Bréfritari: Gunnlaugur Oddsson
Dagsetning: A-1895-07-23
Skrifað á: Glasgow, Skotlandi

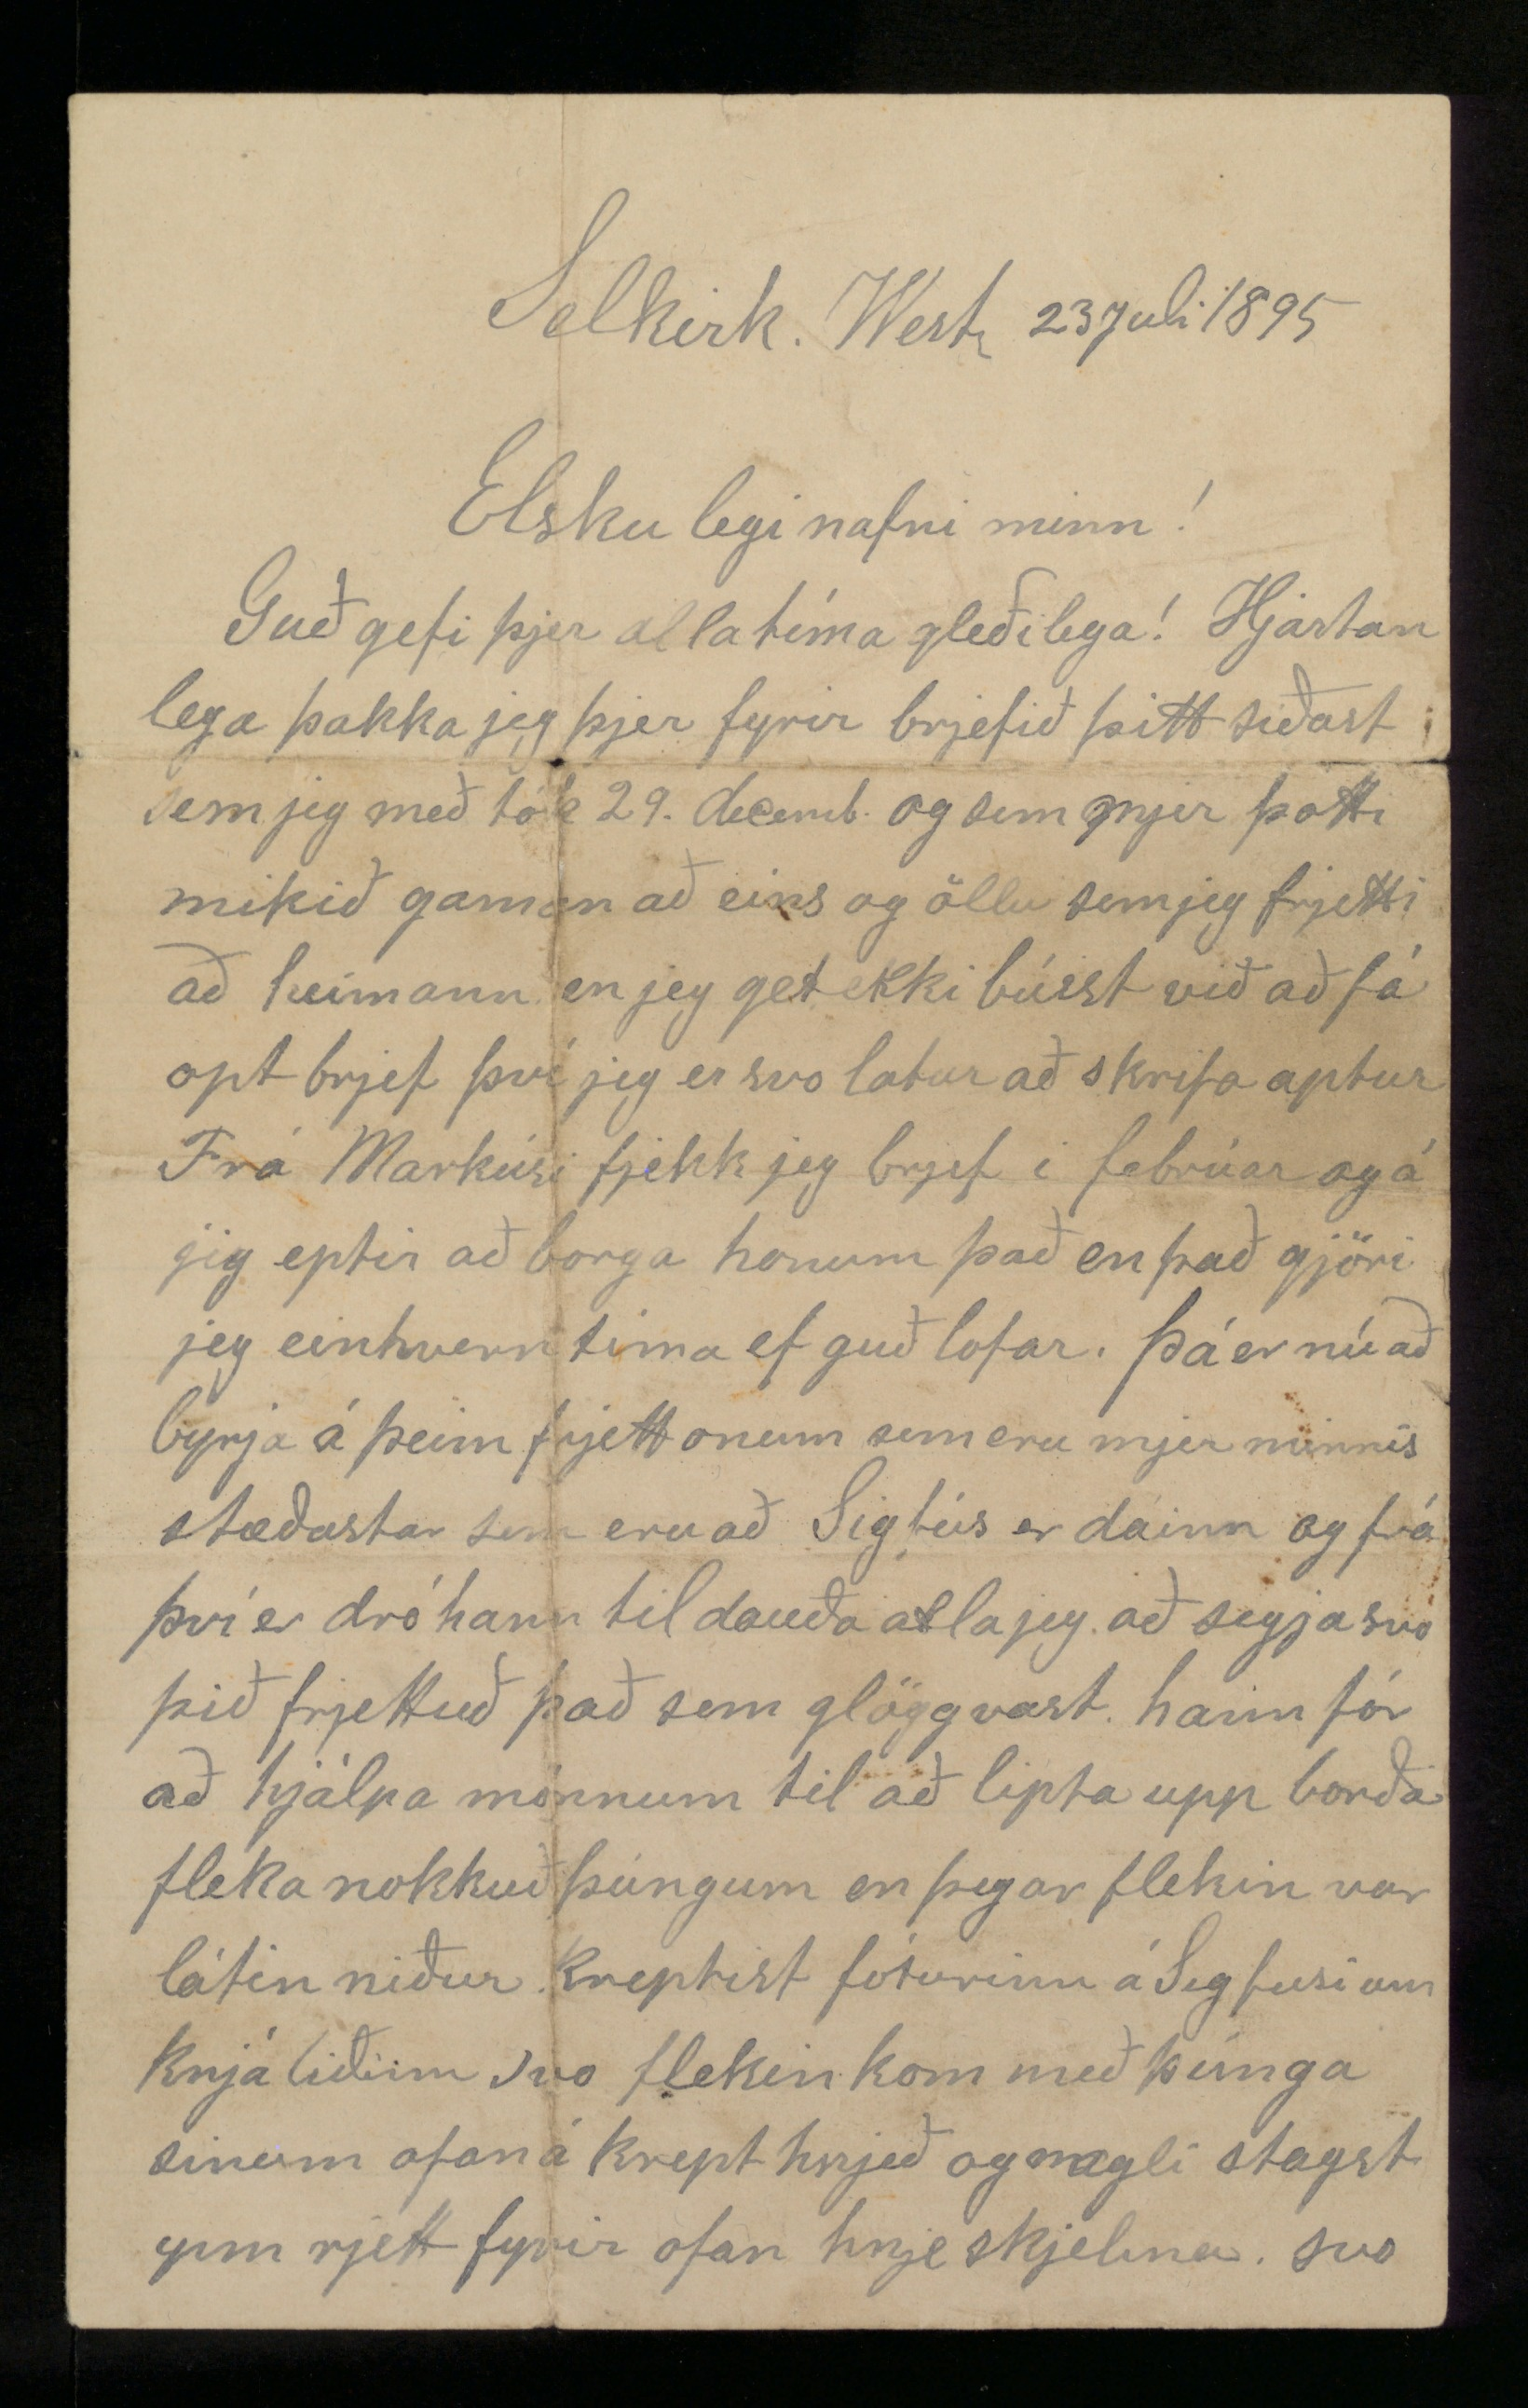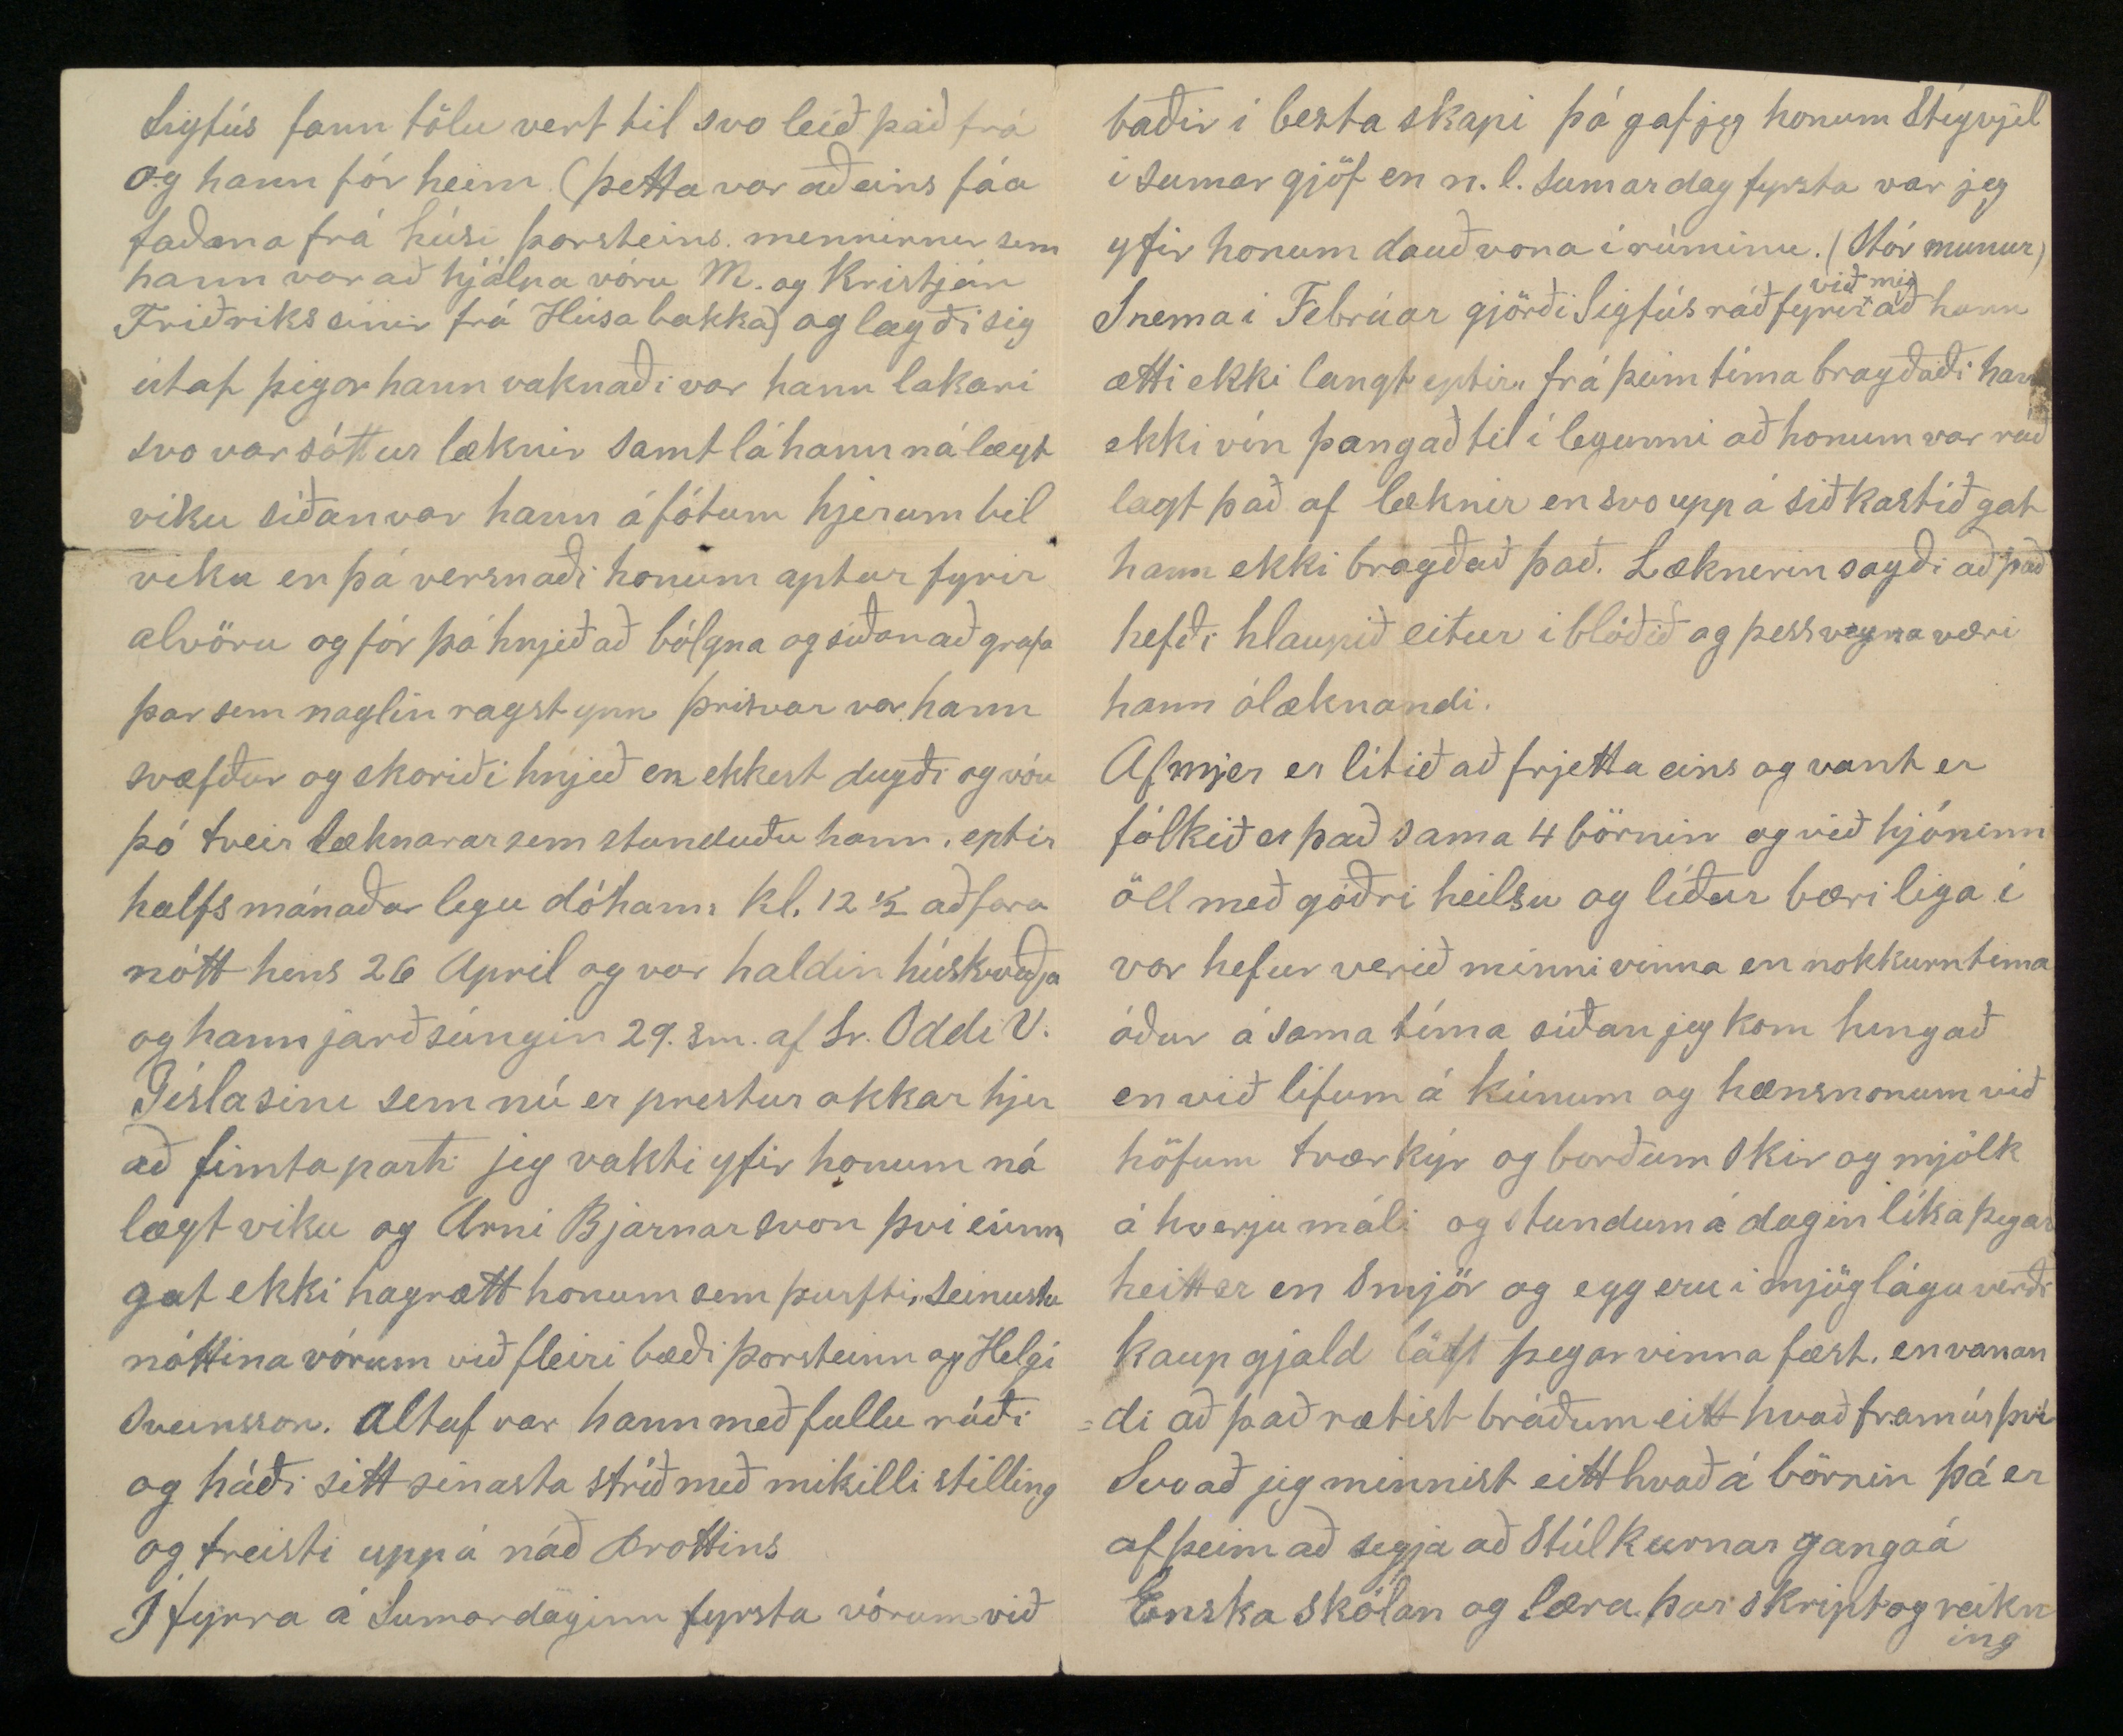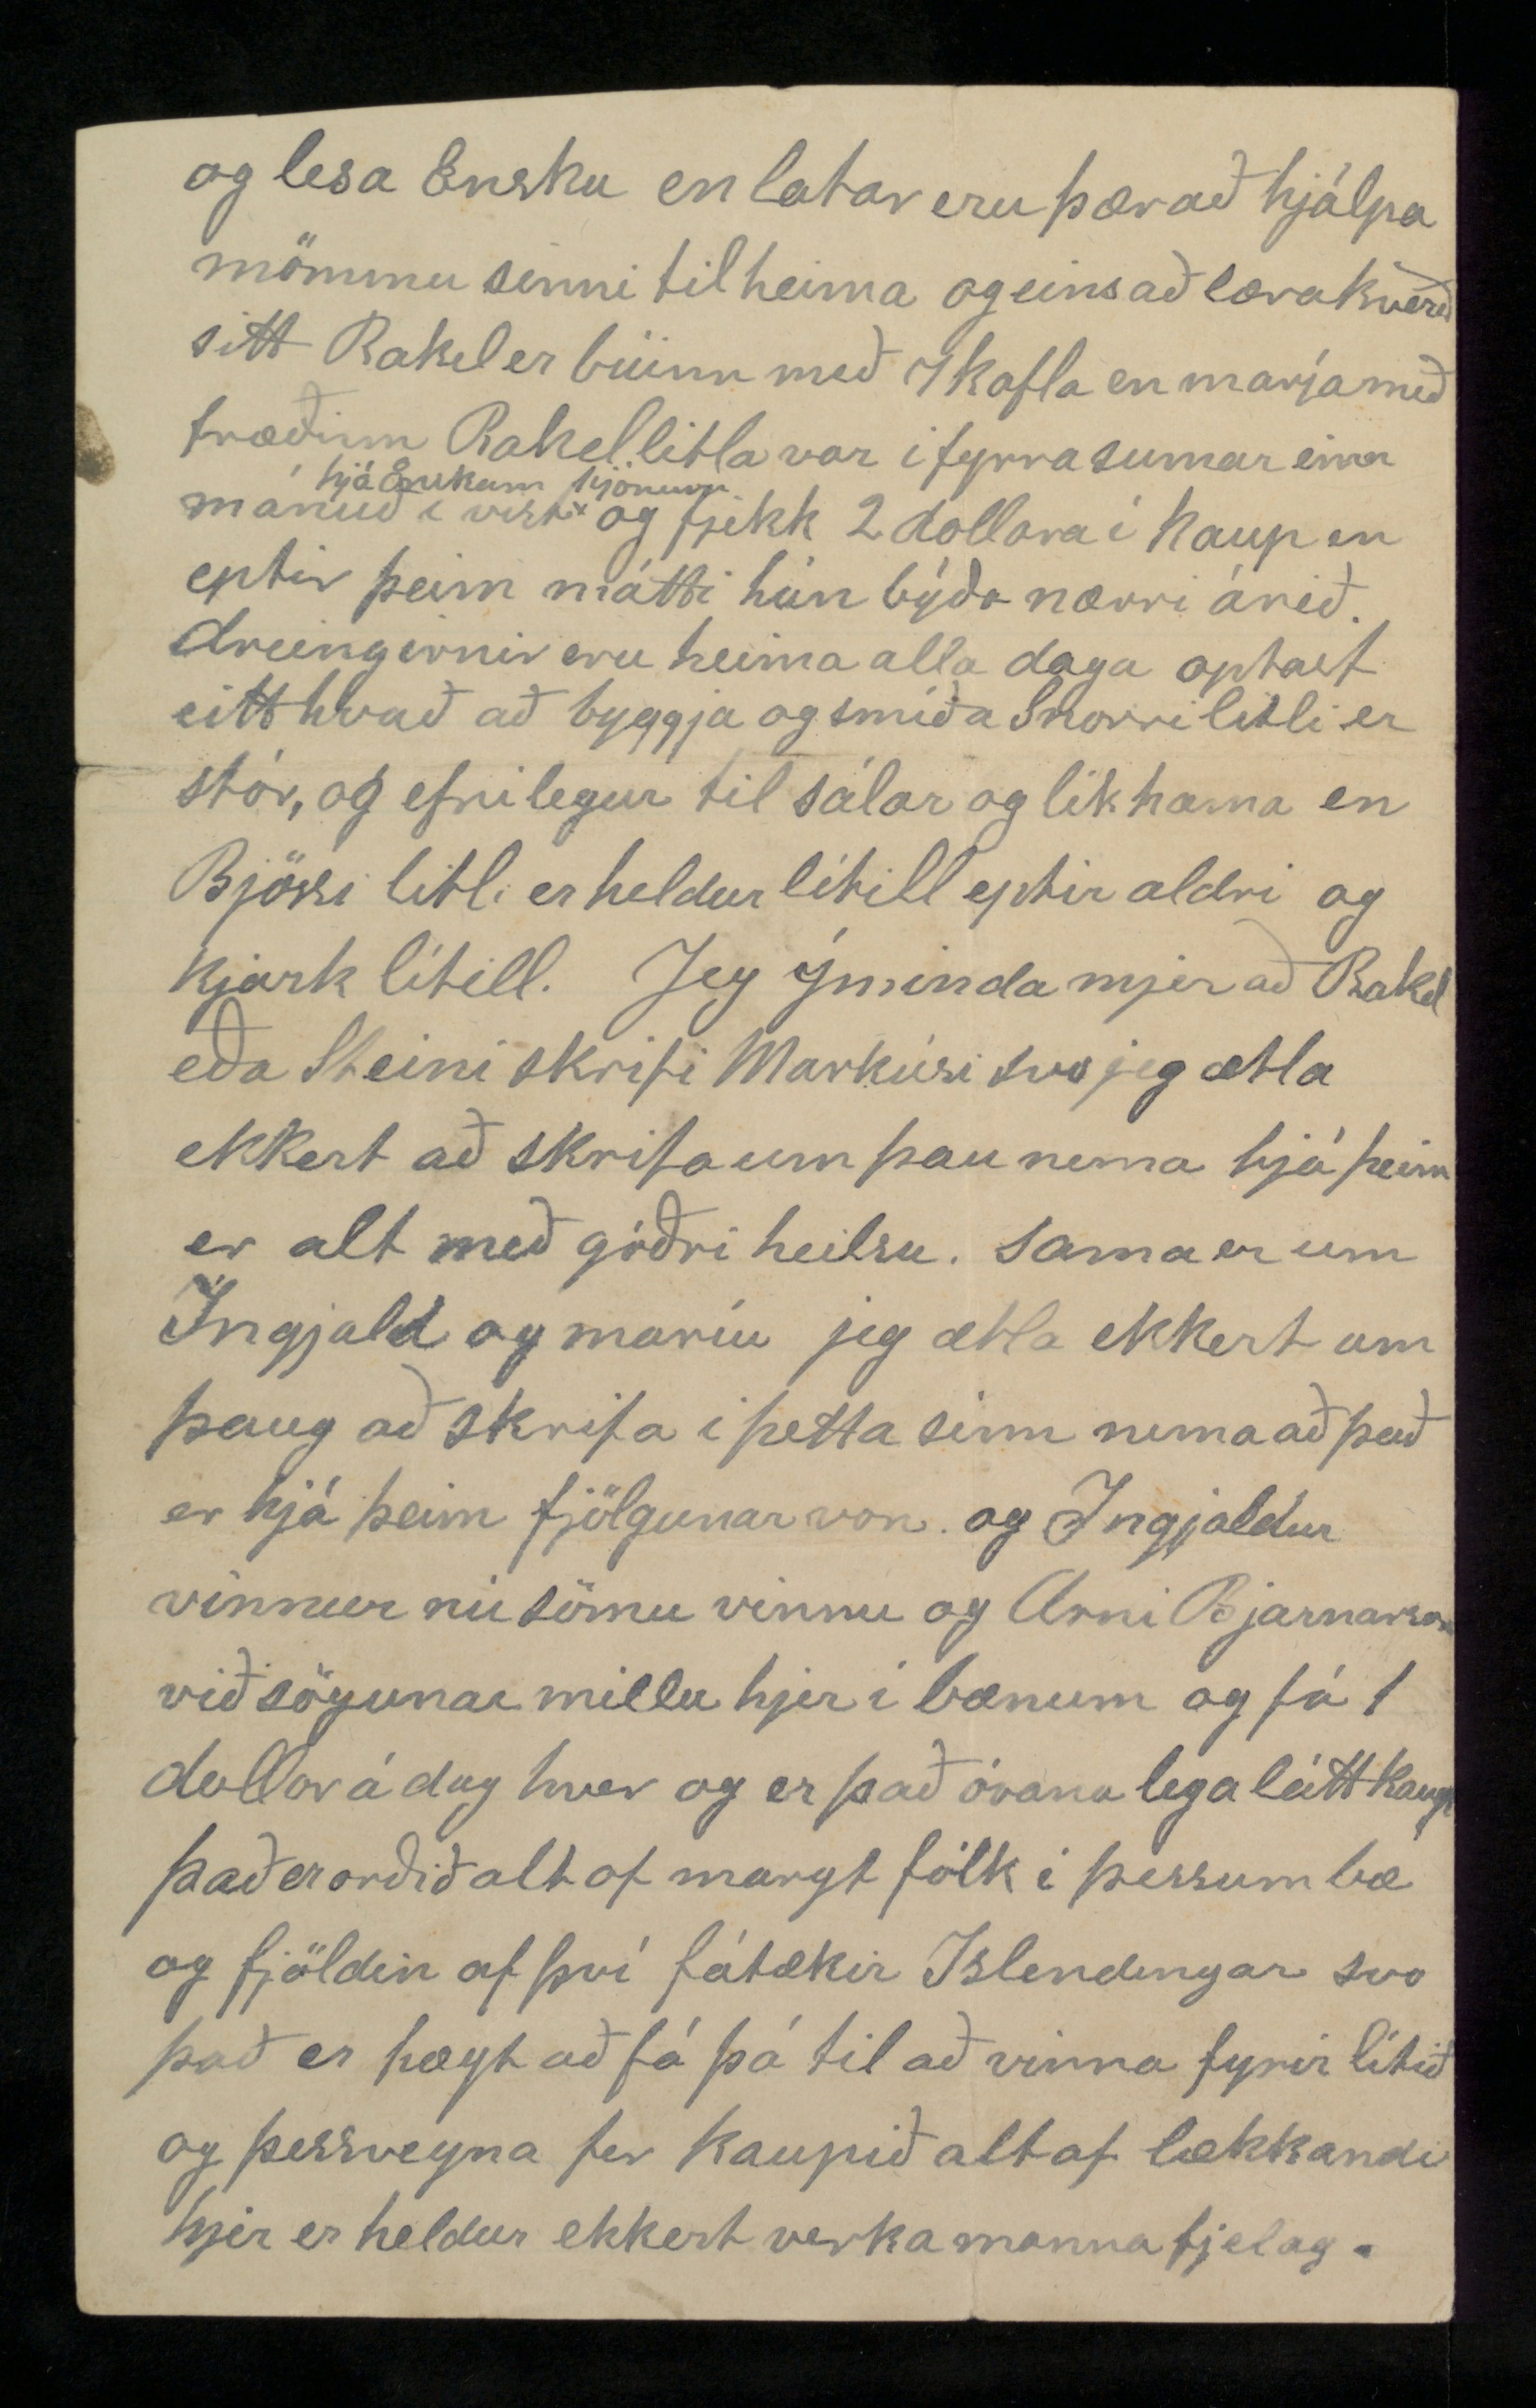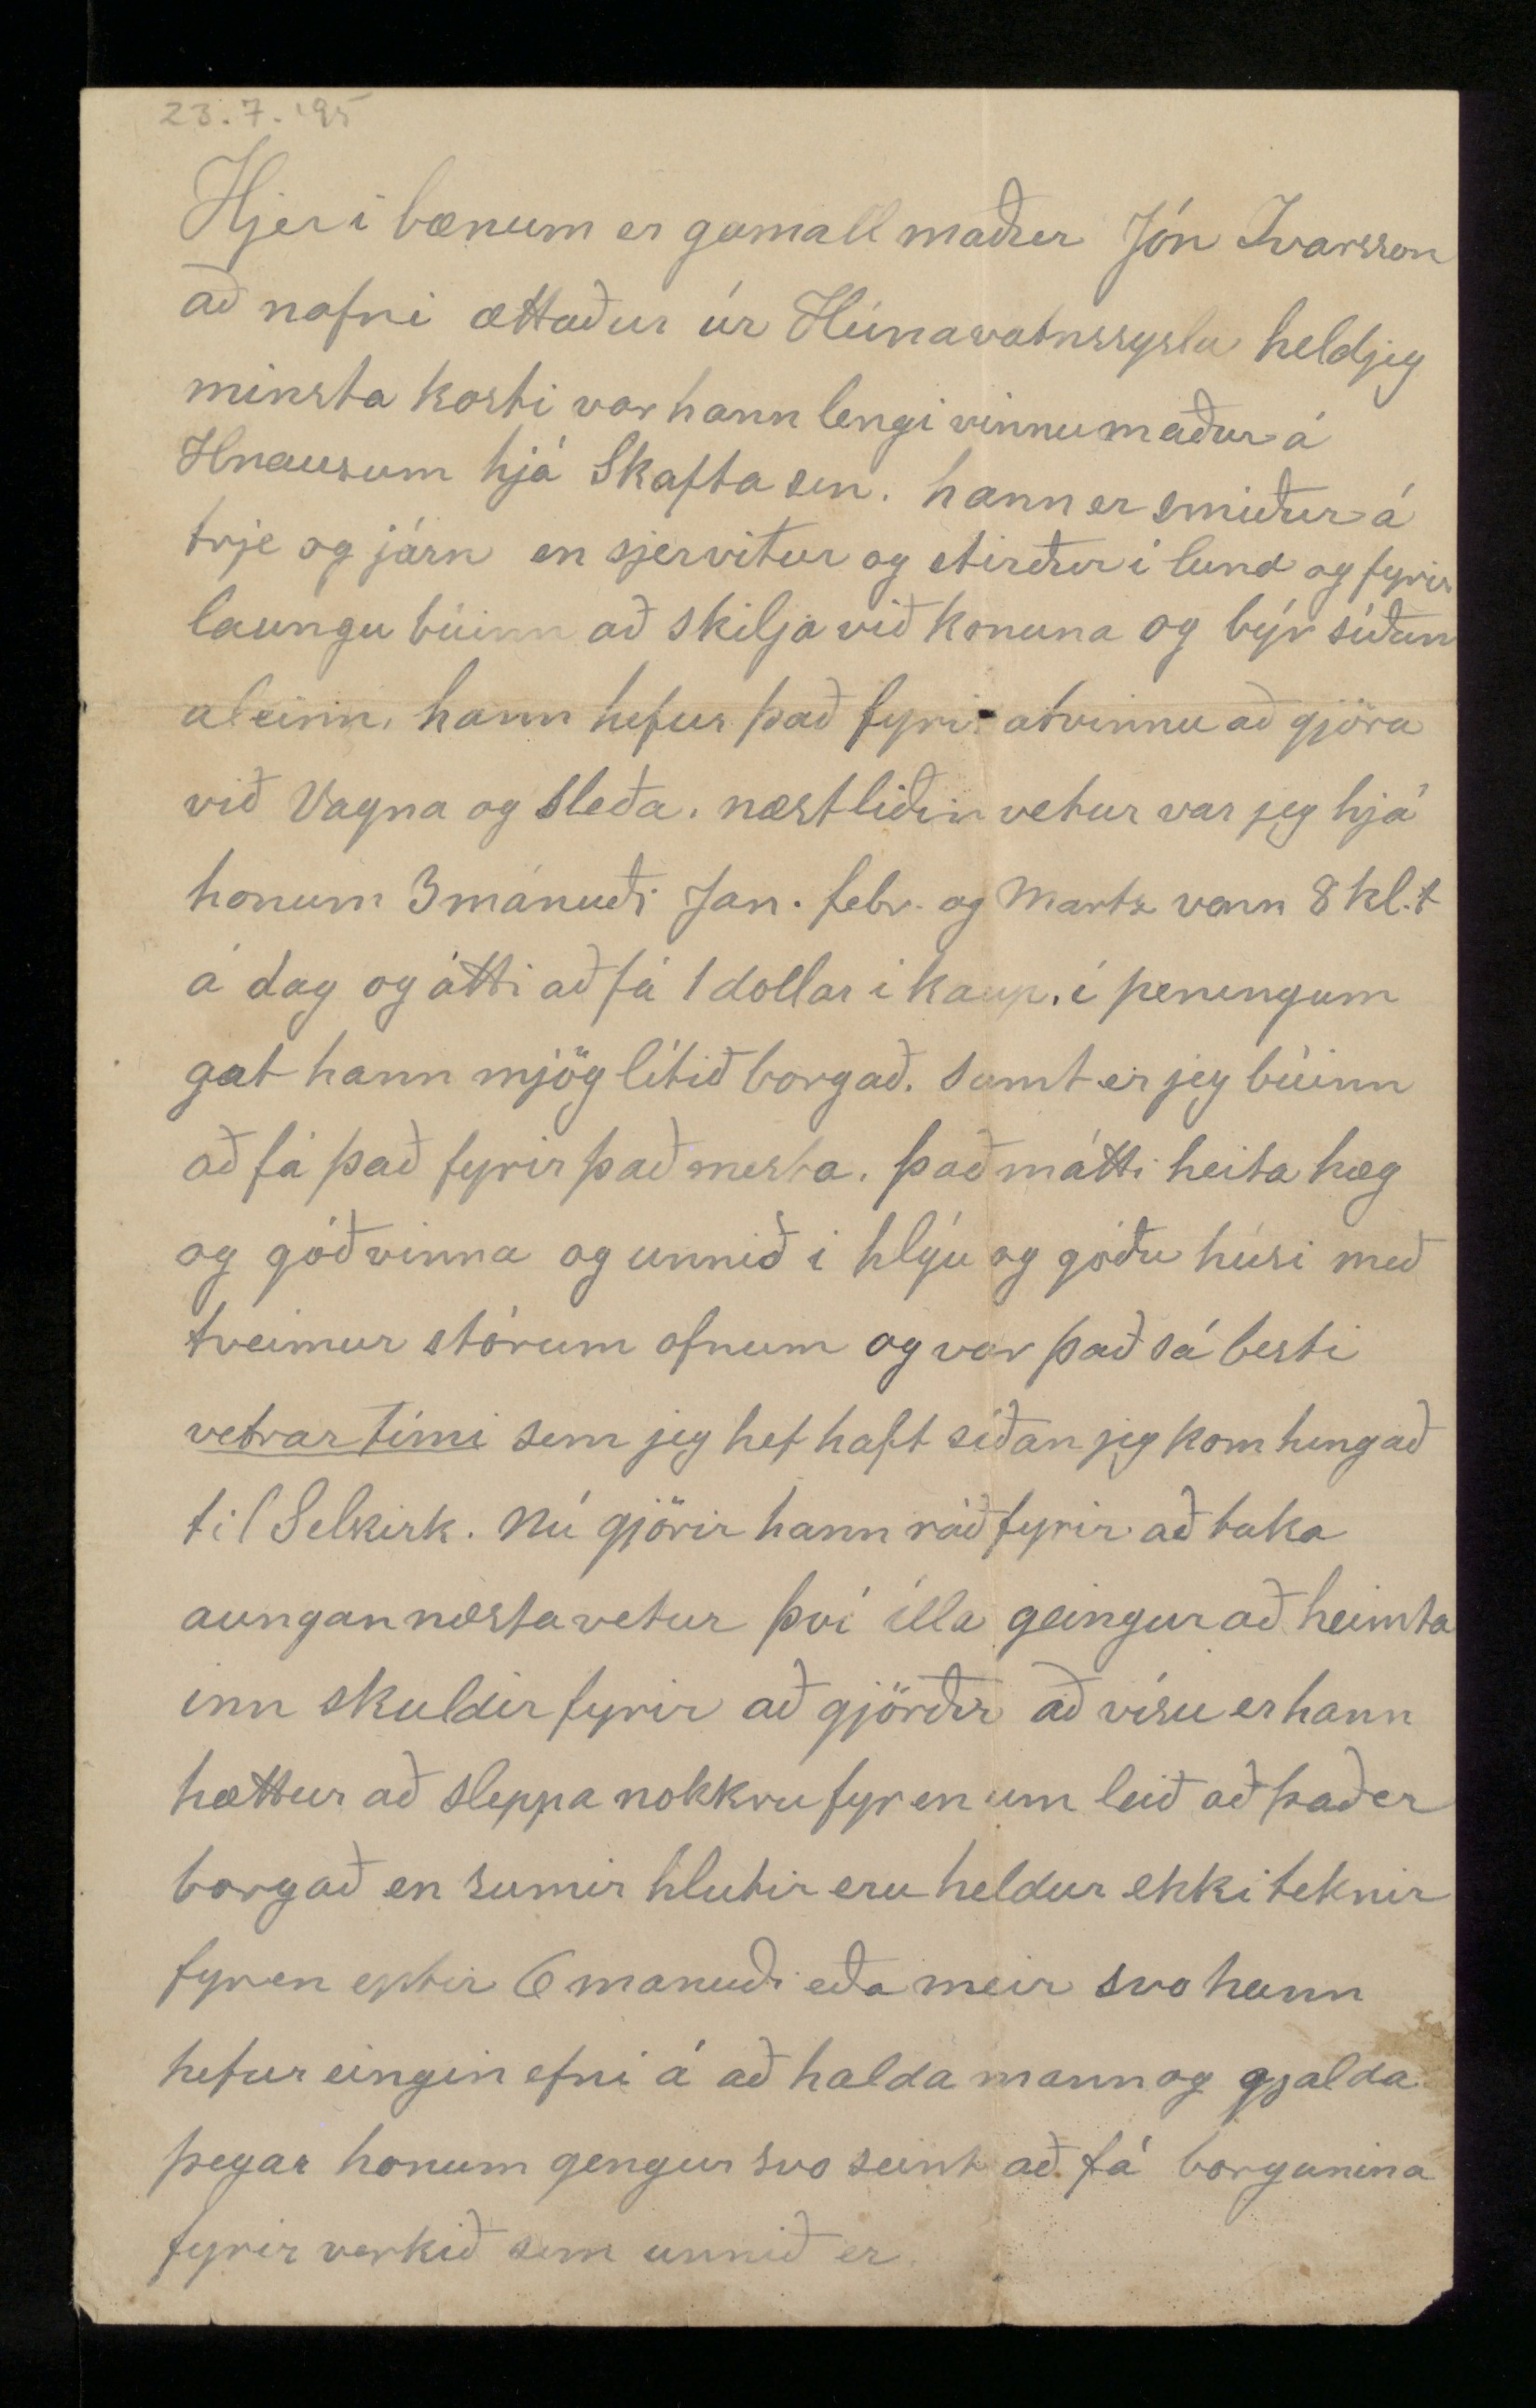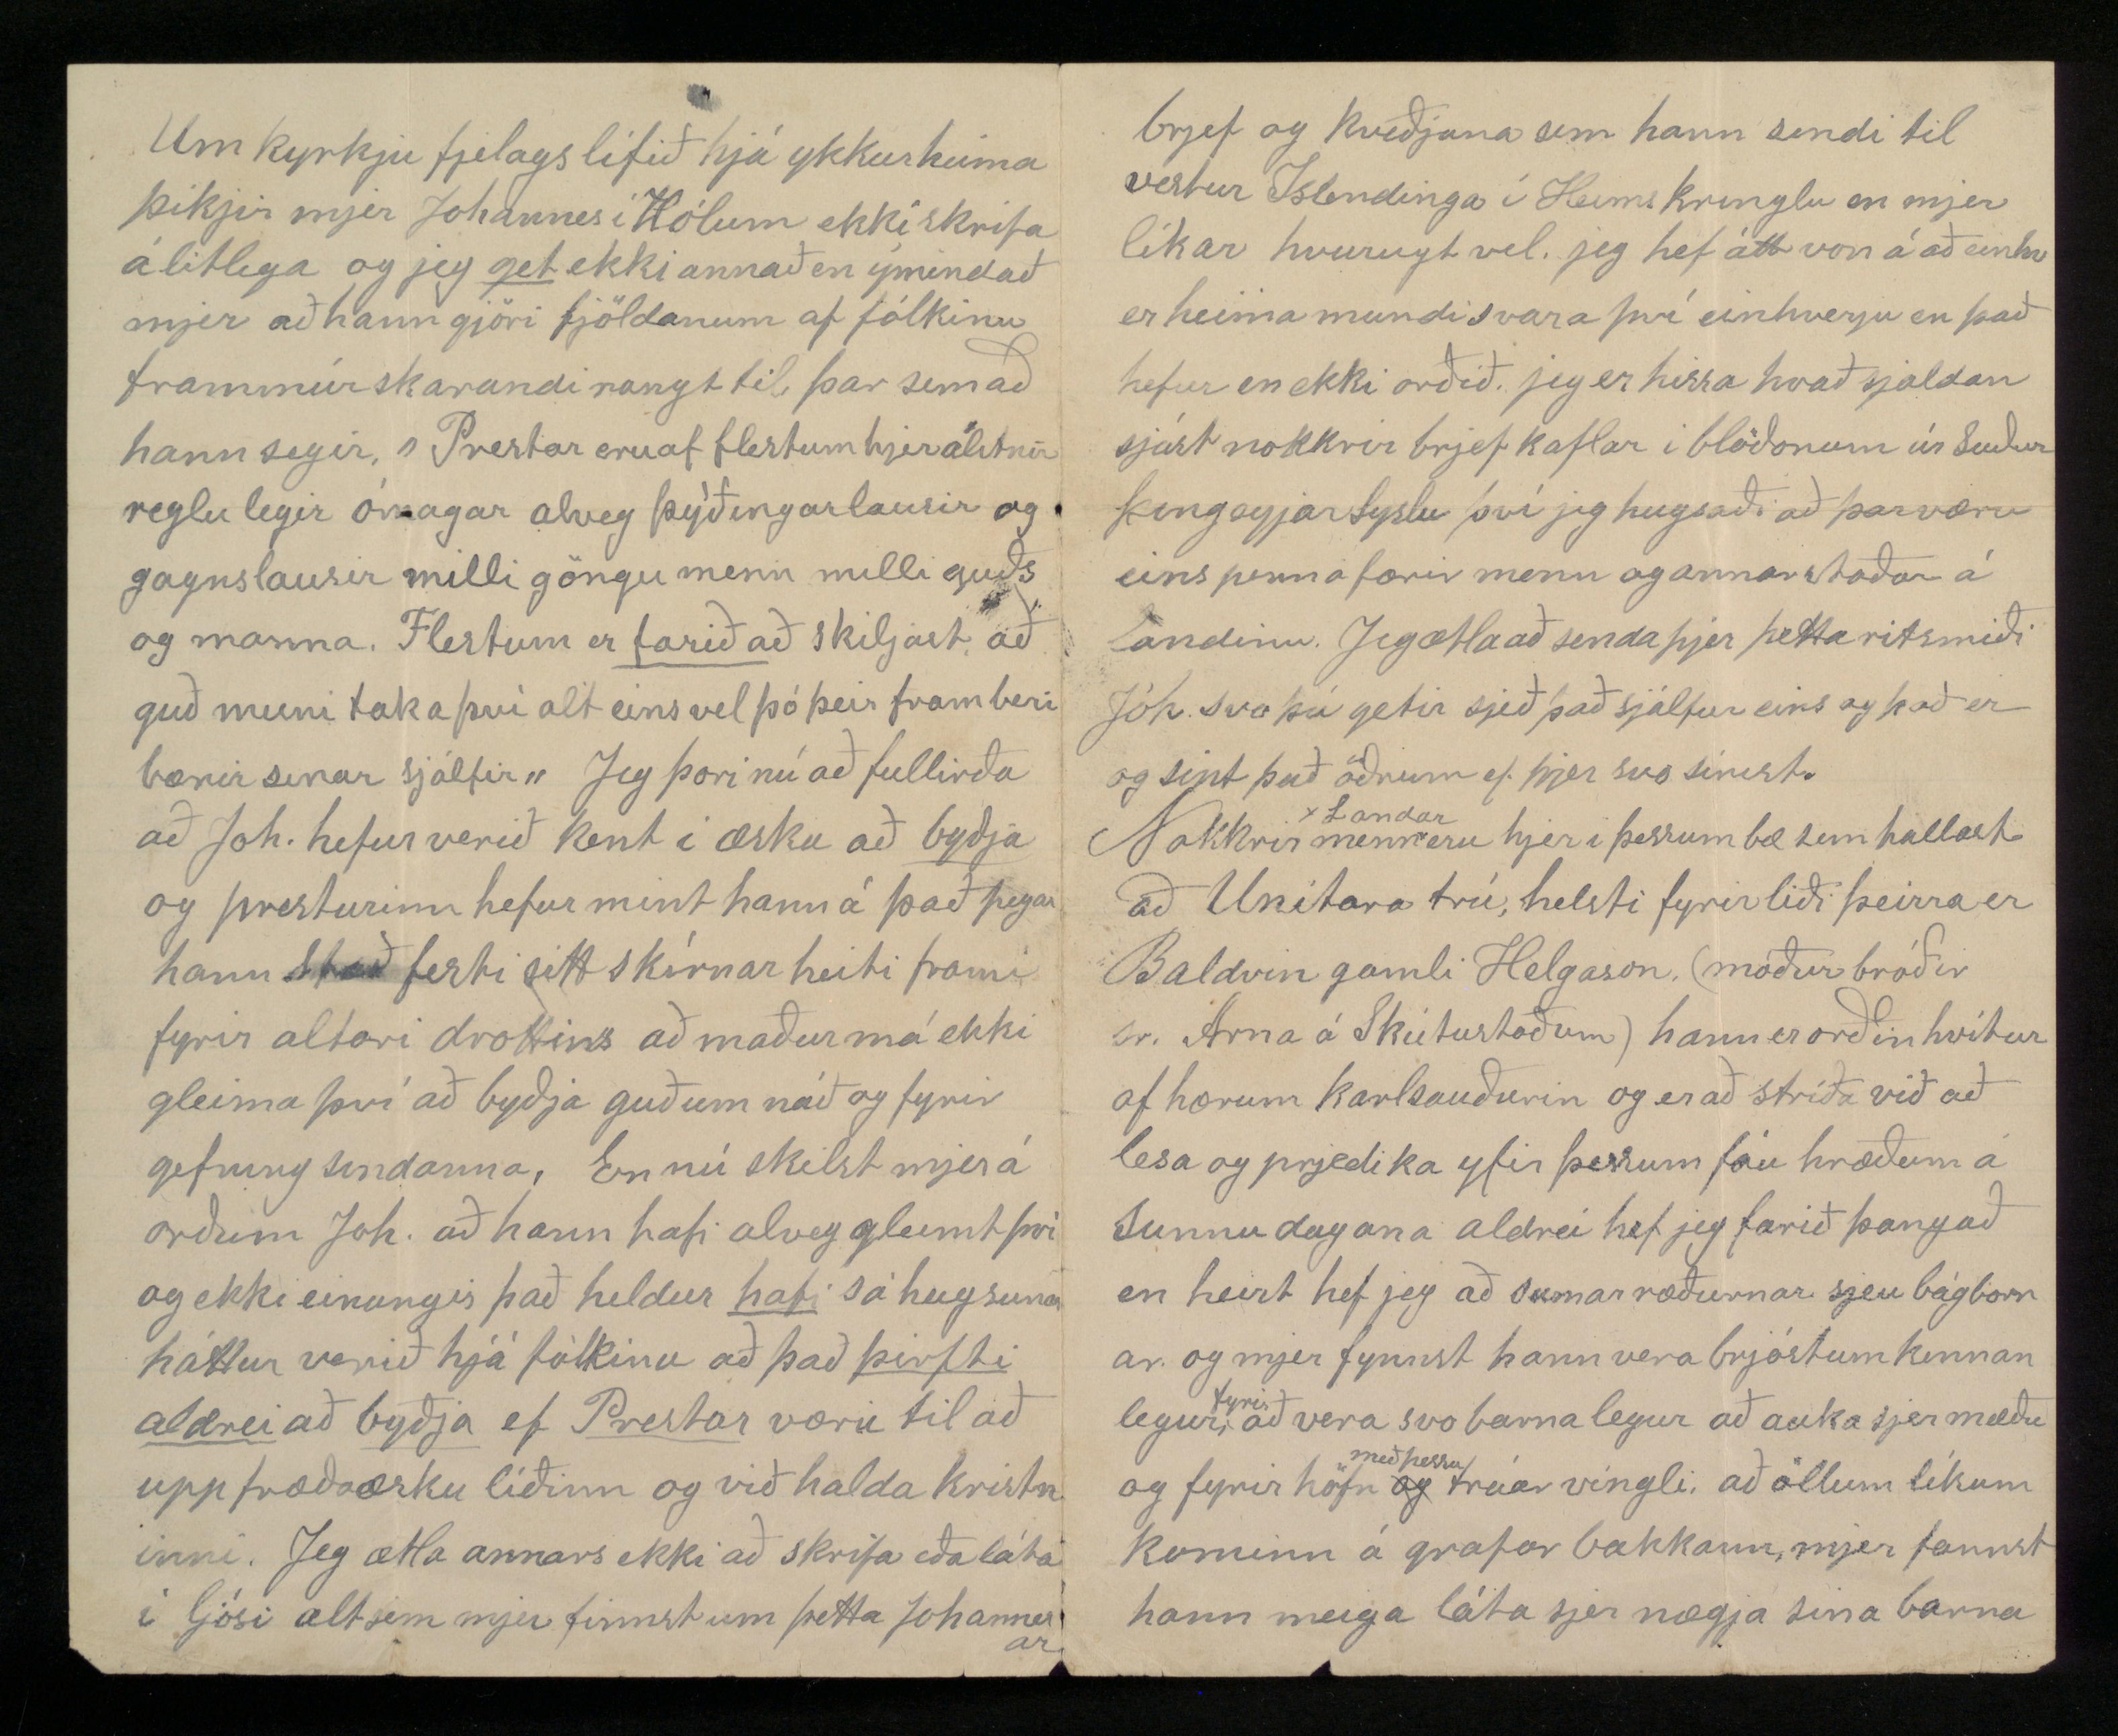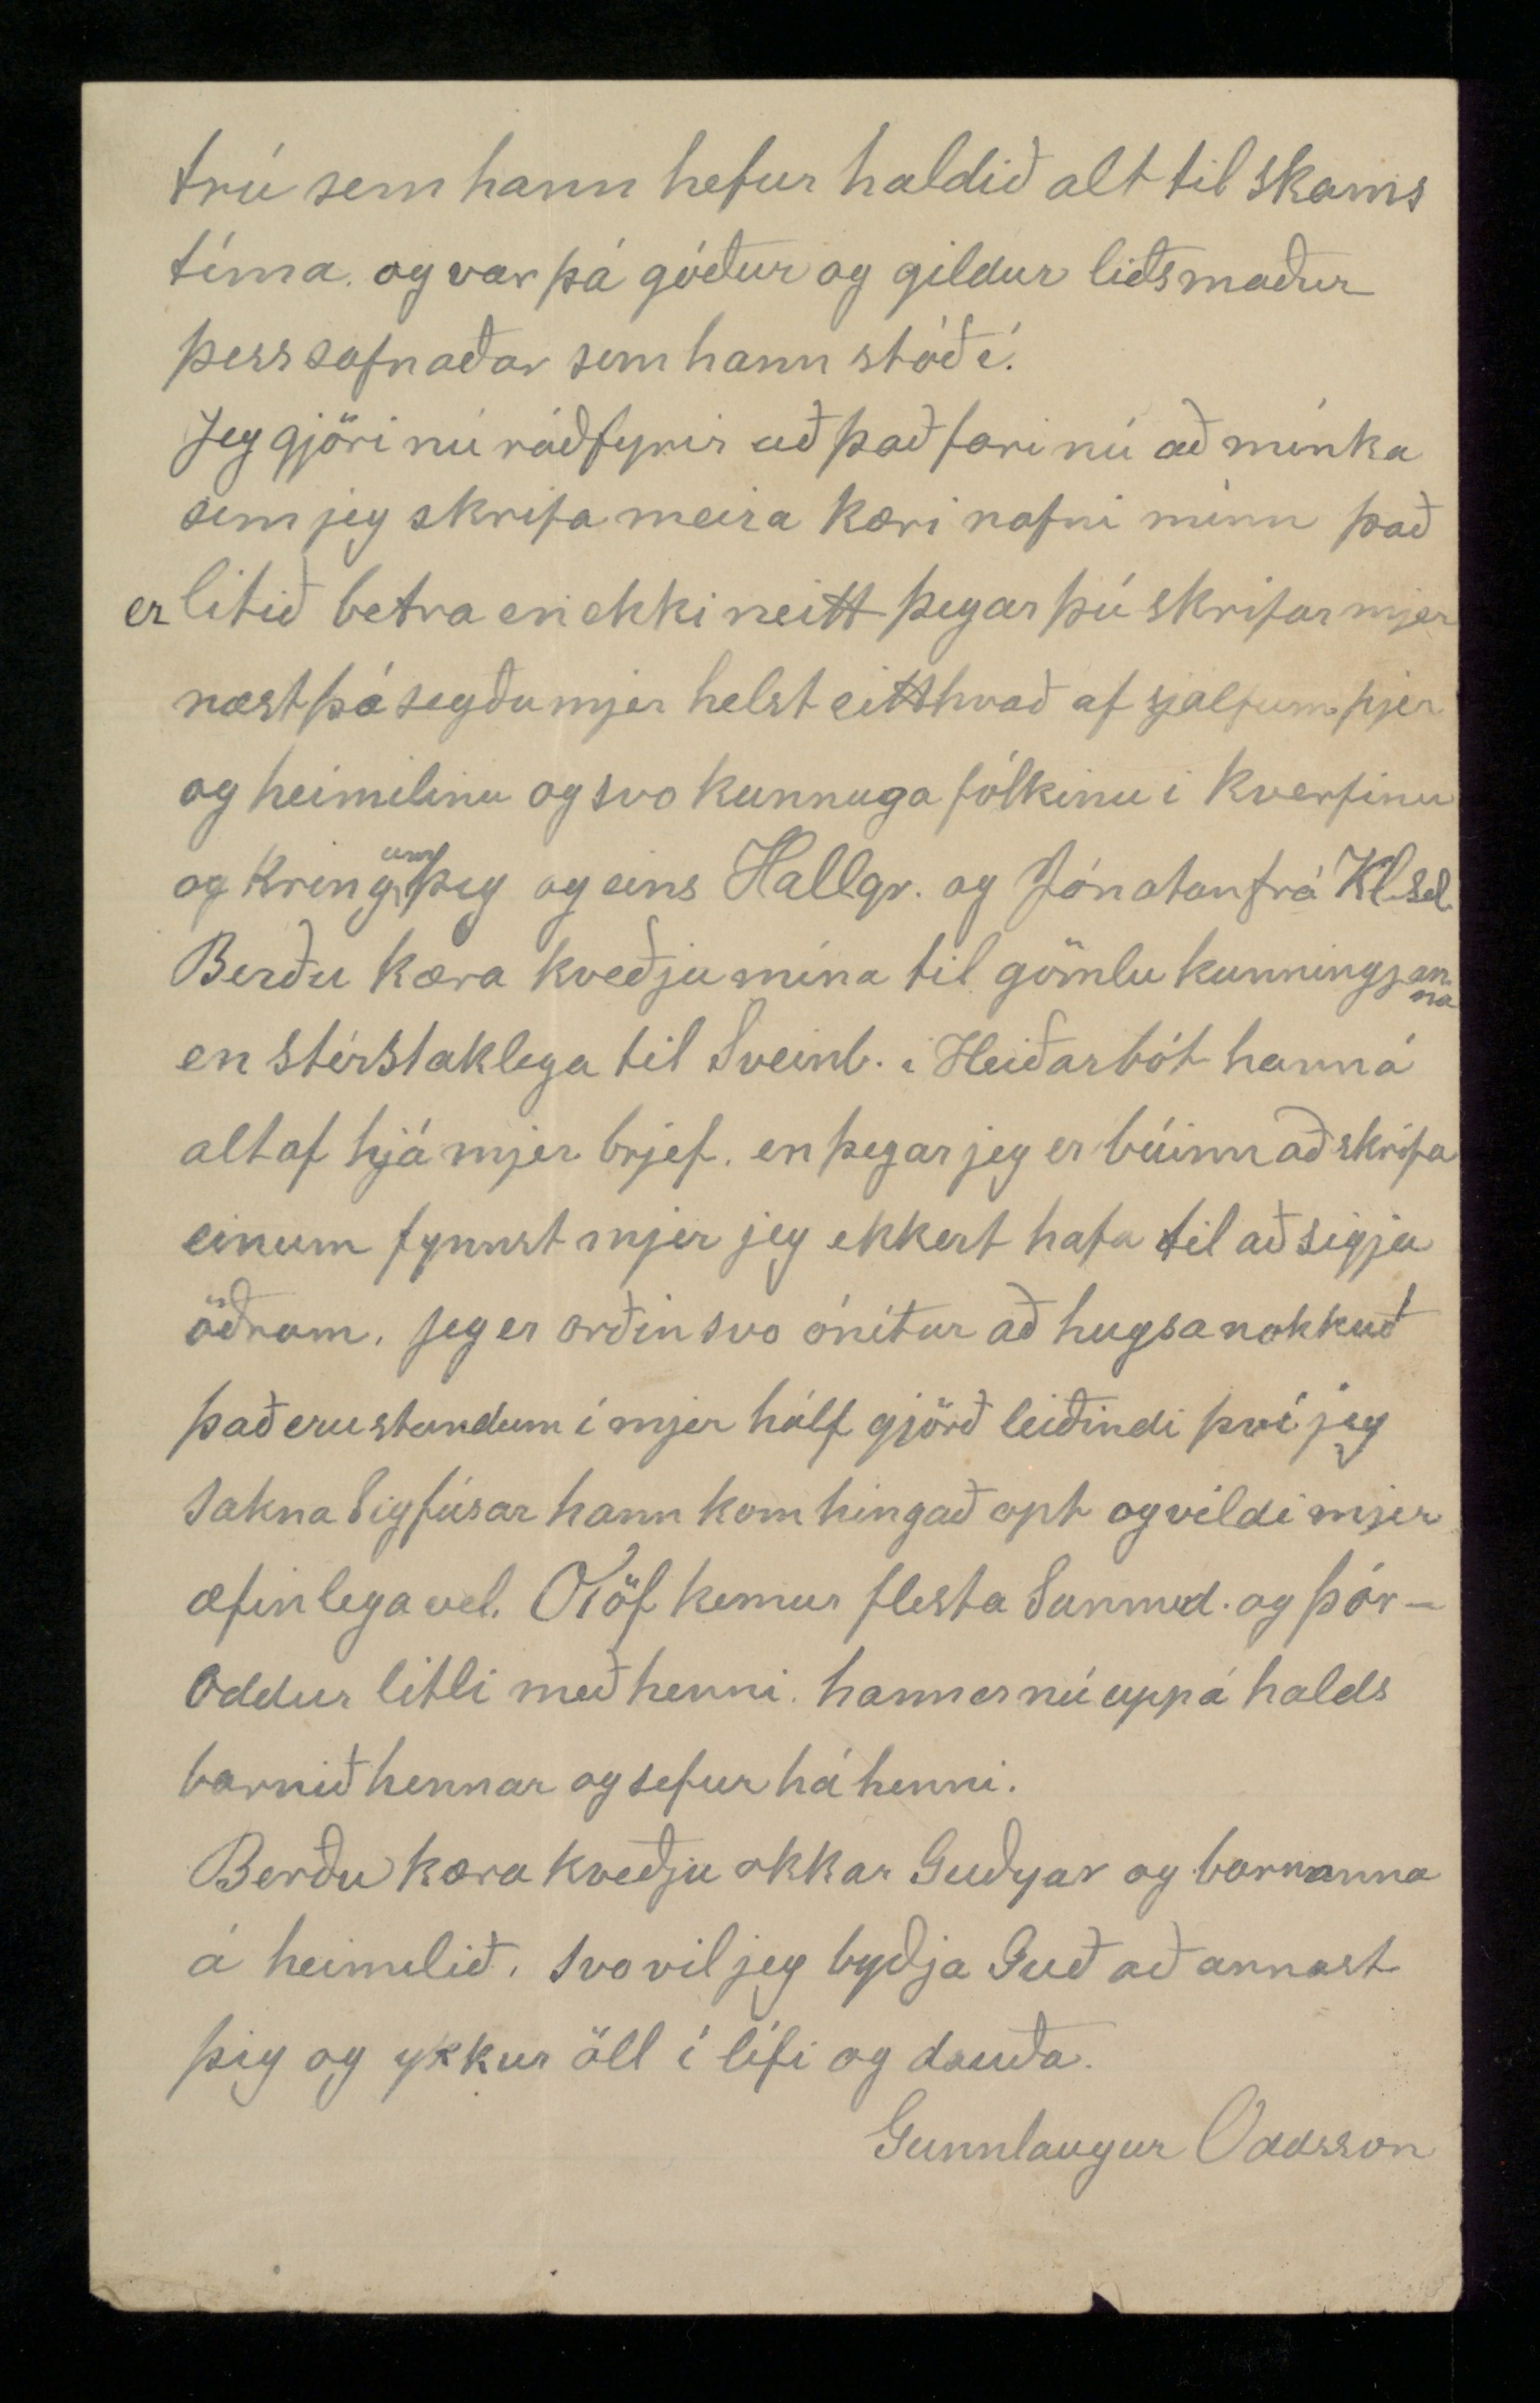

Selkirk West 23 juli 1895
Elskulegi nafni minn!
Guð gefi þjer alla tíma gleðilega! Hjartanlega þakka jeg þjer fyrir brjefið þitt síðast sem jeg meðtók 29. decemb. og sem mjer þotti mikið gaman að eins og öllu sem jeg frjetti að heimann en jeg get ekki búist við að fá opt brjef því jeg er svo latur að skrifa aptur Frá Markúsi fjekk jeg brjef í febrúar og á jeg eptir að borga honum það en það gjöri jeg einhvern tíma ef guð lofar. þá er nú að byrja á þeim frjettonum sem eru mjer minnis stæðastar sem eru að Sigfús er dainn og frá því er dró hann til dauða ætla jeg að segja svo þið frjettið það sem glöggvast. hann fór að hjálpa mönnum til að lipta upp borða fleka nokkuð þúngum en þegar flekin var látin niður kreptist fóturinn á Sigfúsi um knjáliðinn svo flekin kom með þúnga sinum ofaná krept hnjeð og nagli stagst ynn rjet fyrir ofan hnjeskjelina. svo
Sigfús fann töluvert til svo leið það frá og hann fór heim (þetta var aðeins fáa faðma frá húsi Þorsteins. mennirnir sem hann hann var að hjálpa vóru M. og Kristján Friðriks sinir frá Húsabakka) og lagði sig út af þegar hann vaknaði var hann lakari svo var sóttur læknir samt lá hann nálægt viku síðan var hann á fótum hjerum bil viku en þá versnaði honum aptur fyrir alvöru og fór þá hnjeð að bólgna og síðan að grafa þar sem naglin ragst ynn þrisvar var hann svæfður og skorið í hnjeð en ekkert dugði og vóu þó tveir læknar sem stunduðu hann, eptir halfs mánaðar legu dó hann kl. 12 1/2 aðfara nótt hins 26 Apríl og var haldin húskveðja og hann jarðsúngin 29. sm. af Sr Oddi V. Gíslasini sem nú er prestur okkar hjer að fimta parti jeg vakti yfir honum nálægt viku og Arni Bjarnarsvon því einn gat ekki hagrætt honum sem þurfti. Seinustu nóttina vórum við fleiri bæði Þorsteinn og Helgi Sveinsson. Altaf var hann með fullu ráði og háði sitt seinasta stríð með mikilli stilling og treisti uppá náð drottins
Í fyrra á Sumardaginn fyrsta vórum við
baðir í besta skapi þá gaf jeg honum Sígvjel i´sumargjöf en n.l. sumardag fyrsta var jeg yfir honum dauðvona í rúminu. (Stór munur) Snema í Febrúar gjörði Sigfús ráð fyrir
við mig
að hann ætti ekki langt eptir frá þeim tíma bragðaði hann ekki vín þangað til í legunni að honum var ráðlagt það af læknir en svo upp á síðkastið gat hann ekki bragðað það. Læknirinn sagði að það hefði hlaupið eitur í blóðið og þess vegna væri hann ólæknandi.
Af mjer er lítið að frjetta eins og vant er fólkið er það sama 4 börnin og við hjóninn öll með góðri heilsu og líður bærilega í vor hefur verið minni vinna en nokkurn tíma áður á sama tíma síðan jeg kom hingað en við lifum á kúnum og hænsnonum við höfum tvær kýr og borðum skir og mjólk á hverju máli og stundum á dagin líka þegar heitt er en smjör og egg eru í mjög lágu verði kaupgjald lágt þegar vinna fæst, en vonandi að það rætist bráðum eitt hvað fram úr því Svo að jeg minnist eitthvað á börnin þá er af þeim að segja að Stúlkurnar ganga á Enska skólan og læra þar skript og reikning
og lesa Ensku en latar eru þær að hjálpa mömmu sinni til heima og eins að læra kverið sitt Rakel er búinn með 7 kafla en maría með fræðinn Rakel litla var í fyrra sumar einn mánuð í vist
hjá Enskum hjónum
og fjekk 2 dollara í kaup en eptir þeim mátti hún býða nærri árið. dreingirnir eru heima alla daga optast eitthvað að byggja og smíða Snorri litli er stór og efnilegur til sálar og líkama en Bjössi litli er heldur lítill eptir aldri og kjarklítill. Jeg ýminda mjer að Rakel eða Steini skrifi Markúsi svo jeg ætla ekkert að skrifa um þau nema hjá þeim er alt með góðri heilsu. Sama er um Ingjald og maríu jeg ætla ekkert um þaug að skrifa í þetta sinn nema að það er hjá þeim fjölgunarvon og Ingjaldur vinnur nú sömu vinnu og Arni Bjarnarson við sögunarmillu hjer í bænum og fá 1 dollar á dag hver og er það óvanalega hátt kaup það er orðið altof margt fólk í þessum bæ og fjöldin af því fátækir Islendingar svo það er hægt að fá þá til að vinna fyrir lítið og þessvegna fer kaupið altaf lækkandi hjer er heldur ekkert verkamannafjelag.
Her í bænum er gamall maður Jón Ivarsson að nafni ættaður úr Húnavatnssyslu held jeg minsta kosti var hann lengi vinnumaður á Hnausum hjá Skaftasen. hann er smiður á trje og járn en sjervitur og stirður í lund og fyrir laungu búinn að skilja við konuna og býr síðan aleinn, hann hefur það fyrir atvinnu að gjöra við Vagna og Sleða. næstliðin vetur var jeg hjá honum 3 mánuði Jan. febr. og martz vann 8 kl.t á dag og átti að fá 1 dollar í kaup í peningum gat hann mjög lítið borgað. Samt er jeg búinn að fá það fyrir það mesta. það mátti heita hæg og góð vinna og unnið í hlýu og góðu húsi með tveimur stórum ofnum og var það sá bestir
vetrartími
sem jeg hef haft síðan jeg kom hingað til Selkirk. Nú gjörir hann ráð fyrir að taka aungan næsta vetur því ílla geingur að heimta inn skuldir fyrir að gjörðir að vísu er hann hættur að sleppa nokkru fyr en um leið að það er borgað en sumir hlutir eru heldur ekki teknir fyren eptir 6 manuði eða meir svo hann hefur eingin efni á að halda mann og gjalda þegar honum gengur svo seint að fá borgunina fyrir verkið sem unnið er
Um kyrkjufjelagslífið hjá ykkur heima þikjir mjer Johannes í Hólum ekki skrifa álitlega og jeg
get
ekki annað en ýmindað mjer að hann gjöri fjöldanum af fólkinu frammúrskarandi rant til þar sem að hann segir "Prestar eru af flestum hjer álitnir reglulegir ómagar alveg þýðingarlausir og gagnslausir milligöngumenn milli guðs og manna. Flestum er
farið að
skiljast að guð muni taka því alt eins vel þó þeir framberi bænir sínar sjálfir„ Jeg þori nú að fullirða að Joh. hefur verið kent í æsku að
byðja
og presturinn hefur mint hann á það þegar hann staðfesti sitt skírnarheiti frami fyrir altari drottins að maður má ekki gleima því að byðja guð um náð og fyrir gefning sindanna. En nú skilst mjer á orðum Joh. að hann hafi alveg gleimt því og ekki einungis það heldur
hafi
sá hugsunar háttur verið hjá fólkinu að það
þirfti aldrei
að
byðja
ef
Prestar
væru til að uppfræða æskulíðinn og viðhalda kristninni. Jeg ætla annars ekki að skrifa eða láta í ljósi alt sem mjer finnst um þetta Jóhannesar
brjef og kveðjuna sem hann sendi til vestur Islendinga í Heimskringlu en mjer líkar hvurugt vel. jeg hef átt von á að einhver heima mundi svara því einhverju en það hefur en ekki orðið. jeg er hissa hvað sjaldan sjást nokkrir brjefkaflar í blöðonum úr Suður þingeyjarsyslu því jeg hugsaði að þar væri eins pennafærir menn og annarstaðar á landinu. Jeg ætla að senda þjer þetta ritsmíði Jóh. svo þú getir sjeð það sjálfur eins og það er og sínt það öðrum ef þjer svo sínist.
Nokkrir menn
landar
hjer í þessum bæ sem hallast að Unitara trú, helsti fyrirliði þeirra er Baldvin gamli Helgason (móðurbróðir sr. Arna á Skútustoðum) hann er orðin hvítur af hærum karlsauðurin og er að stríða við að lesa og prjedika yfir þessum fáu hræðum á Sunnudagana aldrei hef jeg farið þangað en heirt hef jeg að sumar ræðurnar sjeu bágbornar og mjer fynnst hann vera brjótumkennanlegur
fyrir
að vera svo barnalegur að auka sjer mæðu og fyrirhöfn
og
með þessu
trúarvingli að öllum líkum kominn á grafarbakkann, mjer fannst hann meiga láta sjer nægja sína barna
trú sem hann hefur haldið alt til skams tíma og var þá góður og gildur liðsmaður þess safnaðar sem hann stóð í.
Jeg gjöri nú ráð fyrir að það fari nú að mínka sem jeg skrifa meira kæri nafni minn það
er
lítið betra en ekki neitt þegar þú skrifar mjer næst þá segðu mjer helst eitthvað af sjálfum þjer og heimilinu og svo kunnuga fólkinu í kverfinu og og kring
um
þig eins og Hallgr. og Jónatan frá Kl.sel Berðu kæra kveðju mína til gömlu kunningjanna en stérstaklega til Sveinb. í Heiðarbót hann á altaf hjá mjer brjef en þegar jeg er búinn að skrifa einum fynnst mjer jeg ekkert hafa til að segja öðrum. jeg er orðin svo ónítur að hugsa nokkuð það eru stundum í mjer hálf gjörð leiðindi því jeg sakna Sigfúsar hann kom hingað opt og vildi mjer æfinlega vel. Olöf kemur flesta Sunnud. og Þóroddur litli með henni. hann er nú uppáhalds barnið hennar og sefur há henni.
Berðu kæra kveðju okkar Guðyar og barnanna á heimilið. Svo vil jeg byðja Guð að annast þig og ykkur öll í lífi og dauða.
Gunnlaugur Oddsson